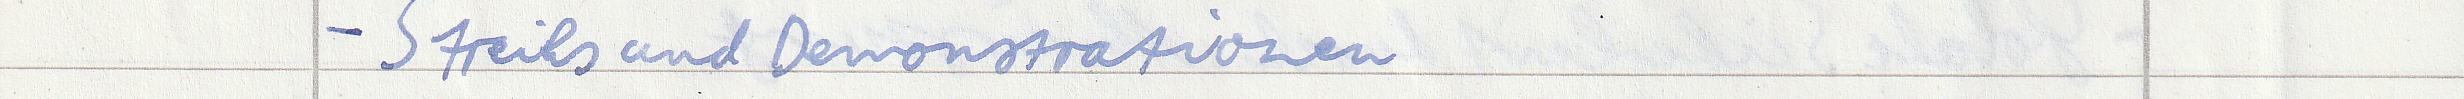
- Streiks und Demonstrationen